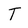
Character: T